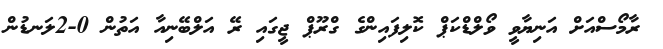
ރާމޯސްއަށް އަނިޔާވީ ވޯލްޑްކަޕް ކޮލިފައިންގެ ގްރޫޕް ޖީގައި ރޭ އަލްބޭނިއާ އަތުން 0-2ލަނޑުން